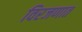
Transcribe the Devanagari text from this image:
विरजणात